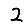
Digit: 2